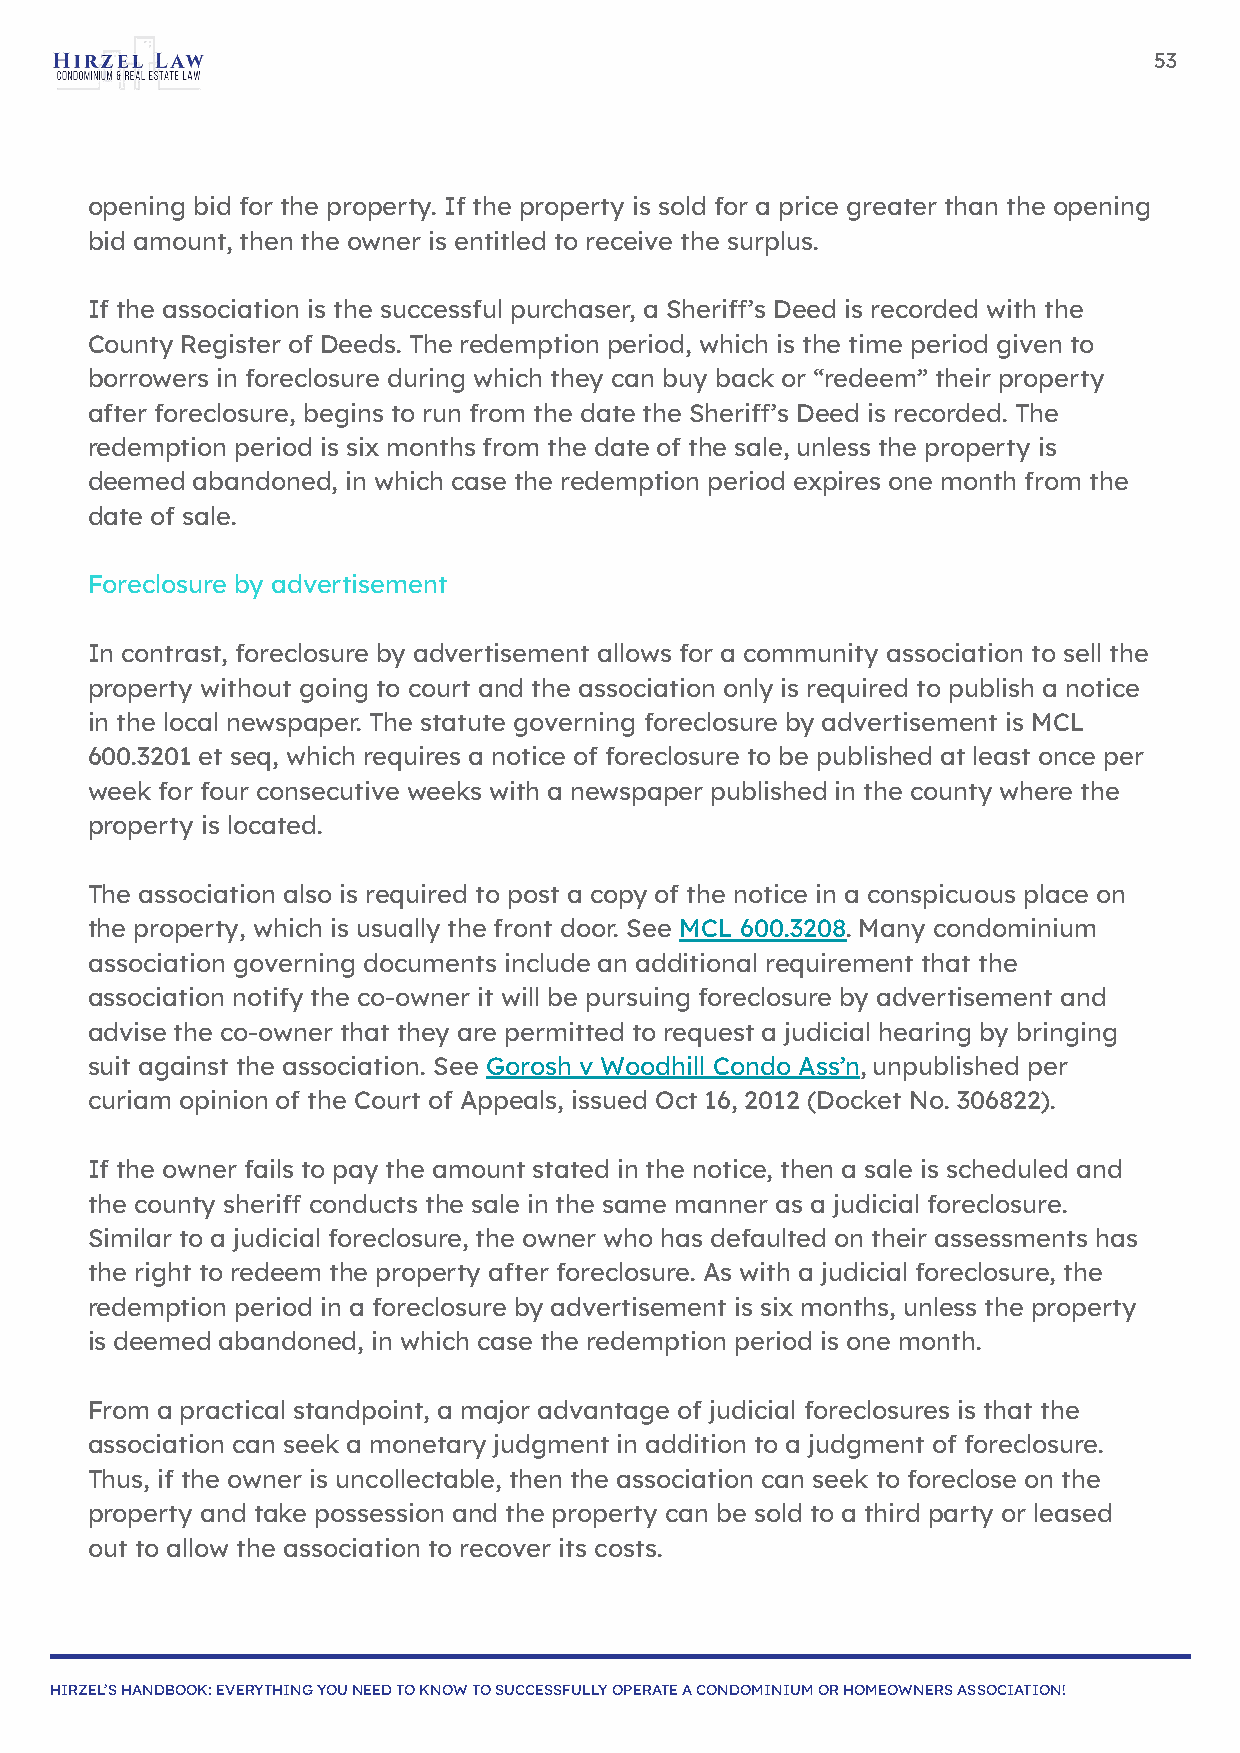
53
 opening bid for the property. If the property is sold for a price greater than the opening
 bid amount, then the owner is entitled to receive the surplus.
 If the association is the successful purchaser, a Sheriff’s Deed is recorded with the
 County Register of Deeds. The redemption period, which is the time period given to
 borrowers in foreclosure during which they can buy back or “redeem” their property
 after foreclosure, begins to run from the date the Sheriff’s Deed is recorded. The
 redemption period is six months from the date of the sale, unless the property is
 deemed abandoned, in which case the redemption period expires one month from the
 date of sale.
 Foreclosure by advertisement
 In contrast, foreclosure by advertisement allows for a community association to sell the
 property without going to court and the association only is required to publish a notice
 in the local newspaper. The statute governing foreclosure by advertisement is MCL
 600.3201 et seq, which requires a notice of foreclosure to be published at least once per
 week for four consecutive weeks with a newspaper published in the county where the
 property is located.
 The association also is required to post a copy of the notice in a conspicuous place on
 the property, which is usually the front door. See MCL 600.3208. Many condominium
 association governing documents include an additional requirement that the
 association notify the co-owner it will be pursuing foreclosure by advertisement and
 advise the co-owner that they are permitted to request a judicial hearing by bringing
 suit against the association. See Gorosh v Woodhill Condo Ass’n, unpublished per
 curiam opinion of the Court of Appeals, issued Oct 16, 2012 (Docket No. 306822).
 If the owner fails to pay the amount stated in the notice, then a sale is scheduled and
 the county sheriff conducts the sale in the same manner as a judicial foreclosure.
 Similar to a judicial foreclosure, the owner who has defaulted on their assessments has
 the right to redeem the property after foreclosure. As with a judicial foreclosure, the
 redemption period in a foreclosure by advertisement is six months, unless the property
 is deemed abandoned, in which case the redemption period is one month.
 From a practical standpoint, a major advantage of judicial foreclosures is that the
 association can seek a monetary judgment in addition to a judgment of foreclosure.
 Thus, if the owner is uncollectable, then the association can seek to foreclose on the
 property and take possession and the property can be sold to a third party or leased
 out to allow the association to recover its costs.
 HIRZEL’S HANDBOOK: EVERYTHING YOU NEED TO KNOW TO SUCCESSFULLY OPERATE A CONDOMINIUM OR HOMEOWNERS ASSOCIATION!